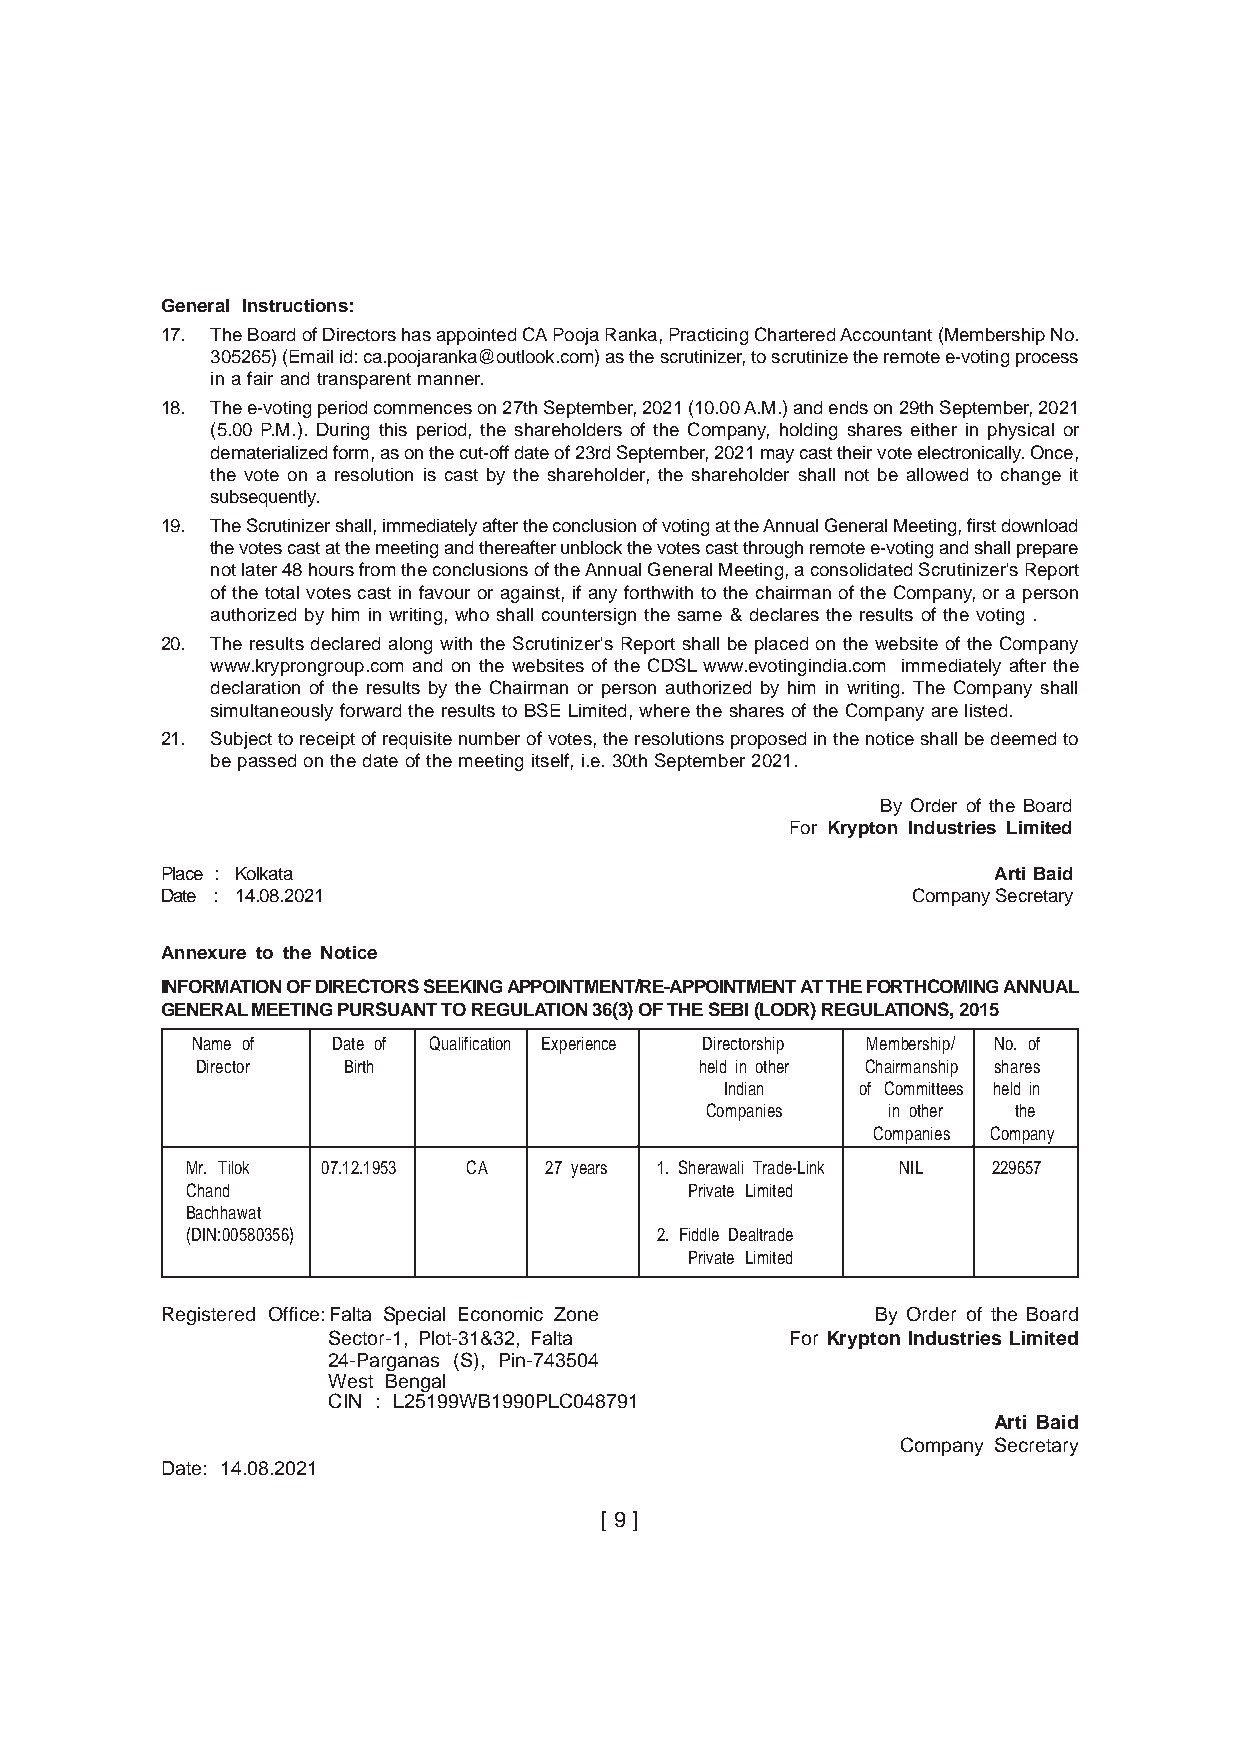
General Instructions:
 17. The Board of Directors has appointed CA Pooja Ranka, Practicing Chartered Accountant (Membership No.
 305265) (Email id: ca.poojaranka@outlook.com) as the scrutinizer, to scrutinize the remote e-voting process
 in a fair and transparent manner.
 18. The e-voting period commences on 27th September, 2021 (10.00 A.M.) and ends on 29th September, 2021
 (5.00 P.M.). During this period, the shareholders of the Company, holding shares either in physical or
 dematerialized form, as on the cut-off date of 23rd September, 2021 may cast their vote electronically. Once,
 the vote on a resolution is cast by the shareholder, the shareholder shall not be allowed to change it
 subsequently.
 19. The Scrutinizer shall, immediately after the conclusion of voting at the Annual General Meeting, first download
 the votes cast at the meeting and thereafter unblock the votes cast through remote e-voting and shall prepare
 not later 48 hours from the conclusions of the Annual General Meeting, a consolidated Scrutinizer's Report
 of the total votes cast in favour or against, if any forthwith to the chairman of the Company, or a person
 authorized by him in writing, who shall countersign the same & declares the results of the voting .
 20. The results declared along with the Scrutinizer's Report shall be placed on the website of the Company
 www.kryprongroup.com and on the websites of the CDSL www.evotingindia.com immediately after the
 declaration of the results by the Chairman or person authorized by him in writing. The Company shall
 simultaneously forward the results to BSE Limited, where the shares of the Company are listed.
 21. Subject to receipt of requisite number of votes, the resolutions proposed in the notice shall be deemed to
 be passed on the date of the meeting itself, i.e. 30th September 2021.
 By Order of the Board
 For Krypton Industries Limited
 Place : Kolkata                                        Arti Baid
 Date : 14.08.2021                                Company Secretary
 Annexure to the Notice
 INFORMATION OF DIRECTORS SEEKING APPOINTMENT/RE-APPOINTMENT AT THE FORTHCOMING ANNUAL
 GENERAL MEETING PURSUANT TO REGULATION 36(3) OF THE SEBI (LODR) REGULATIONS, 2015
 Name of  Date of Qualification Experience Directorship Membership/ No. of
 Director  Birth                  held in other Chairmanship shares
 Indian   of Committees held in
 Companies   in other the
 Companies Company
 Mr. Tilok 07.12.1953 CA 27 years 1. Sherawali Trade-Link NIL 229657
 Chand                             Private Limited
 Bachhawat
 (DIN:00580356)                 2. Fiddle Dealtrade
 Private Limited
 Registered Office:Falta Special Economic Zone  By Order of the Board
 Sector-1, Plot-31&32, Falta   For Krypton Industries Limited
 24-Parganas (S), Pin-743504
 West Bengal
 CIN : L25199WB1990PLC048791
 Arti Baid
 Company Secretary
 Date: 14.08.2021
 [ 9 ]